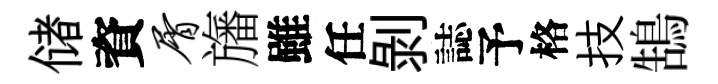
储資屑旛雖任剝誌予格技鵠